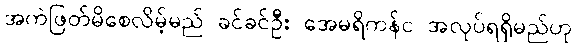
အကဲဖြတ်မိစေလိမ့်မည် ခင်ခင်ဦး အေမရိကန်င အလုပ်ရရှိမည်ဟု